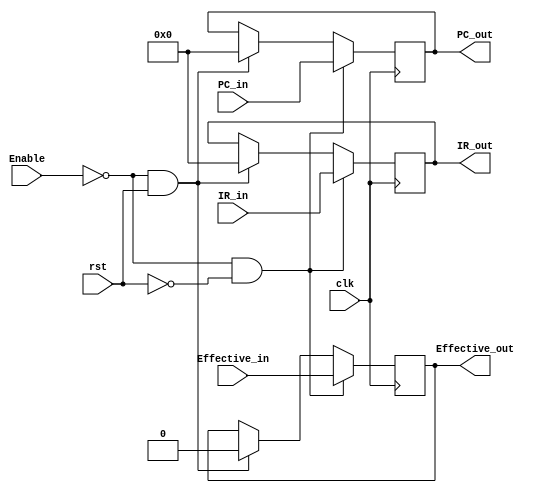
`timescale 1ns / 1ps
//////////////////////////////////////////////////////////////////////////////////
// Company: 
// Engineer: 
// 
// Design Name: 
// Module Name: ID_EX
// Project Name: 
// Target Devices: 
// Tool Versions: 
// Description: 
// 
// Dependencies: 
// 
// Revision:
// Revision 0.01 - File Created
// Additional Comments:
// 
//////////////////////////////////////////////////////////////////////////////////



// clk input   
// Enable  input    1
// rst input   0()
// Effective_in    input   
// Effective_out   output  
// IR_in   input[31:0] IR
// IR_out  output[31:0]    IR
// PC_in   input[31:0] PC
// PC_out  output[31:0]    PC



module IF_ID(
	input clk,
	input Enable,
	input rst,
	input Effective_in,
	input [31:0]PC_in,
	input [31:0]IR_in,
	output reg Effective_out,
    output reg [31:0]PC_out,
	output reg [31:0]IR_out
	// input pre_jmp_in,
	// input hit_in,
	// output reg pre_jmp_out,
	// output reg hit_out
	);
	
	initial begin
		PC_out <= 0;
		IR_out <= 0;
		Effective_out <= 0;
		// pre_jmp_out <= 0;
		// hit_out <= 0;
		end
	
	
	always@ (posedge clk) begin
		if (!Enable && !rst) begin
			PC_out <= PC_in;
			IR_out <= IR_in;
			Effective_out <= Effective_in;
			// pre_jmp_out <= pre_jmp_in;
			// hit_out <= hit_in;
			end
		else if (!Enable && rst) begin
			PC_out <= 0;
			IR_out <= 0;
			Effective_out <= 0;
			// pre_jmp_out <= 0;
			// hit_out <= 0;
			end
		end
	   
endmodule